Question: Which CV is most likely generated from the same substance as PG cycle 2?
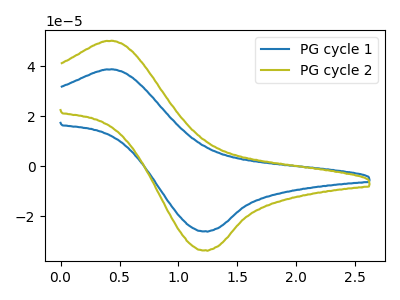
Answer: <think>The blue curve "PG cycle 1" has an anodic peak at (0.45V, 38.80uA) and a cathodic peak at (1.25V, -25.90uA). The olive curve "PG cycle 2" has an anodic peak at (0.45V, 50.20uA) and a cathodic peak at (1.25V, -33.50uA).
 All the peaks in "PG cycle 1" have a peak in "PG cycle 2" at the same potential. Every peak in "PG cycle 1" is lower than every peak in "PG cycle 2".</think>
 <answer>The CV with the most similar shape to "PG cycle 1" is "PG cycle 2".</answer>
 <eval>"PG cycle 2"</eval>